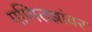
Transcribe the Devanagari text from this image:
गणितज्ञांवर